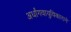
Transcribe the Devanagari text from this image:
अर्धांगवायुविकाराने